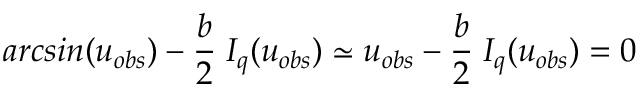
a r c s i n { ( u _ { o b s } ) } - \frac { b } { 2 } \; I _ { q } ( u _ { o b s } ) \simeq u _ { o b s } - \frac { b } { 2 } \; I _ { q } ( u _ { o b s } ) = 0